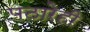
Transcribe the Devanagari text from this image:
पठारेही